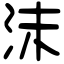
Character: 沫